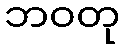
ဘဝတု